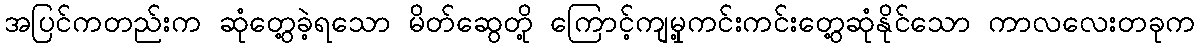
အပြင်ကတည်းက ဆုံတွေ့ခဲ့ရသော မိတ်ဆွေတို့ ကြောင့်ကျမှု့ကင်းကင်းတွေ့ဆုံနိုင်သော ကာလလေးတခုက